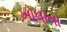
ખોવાતા